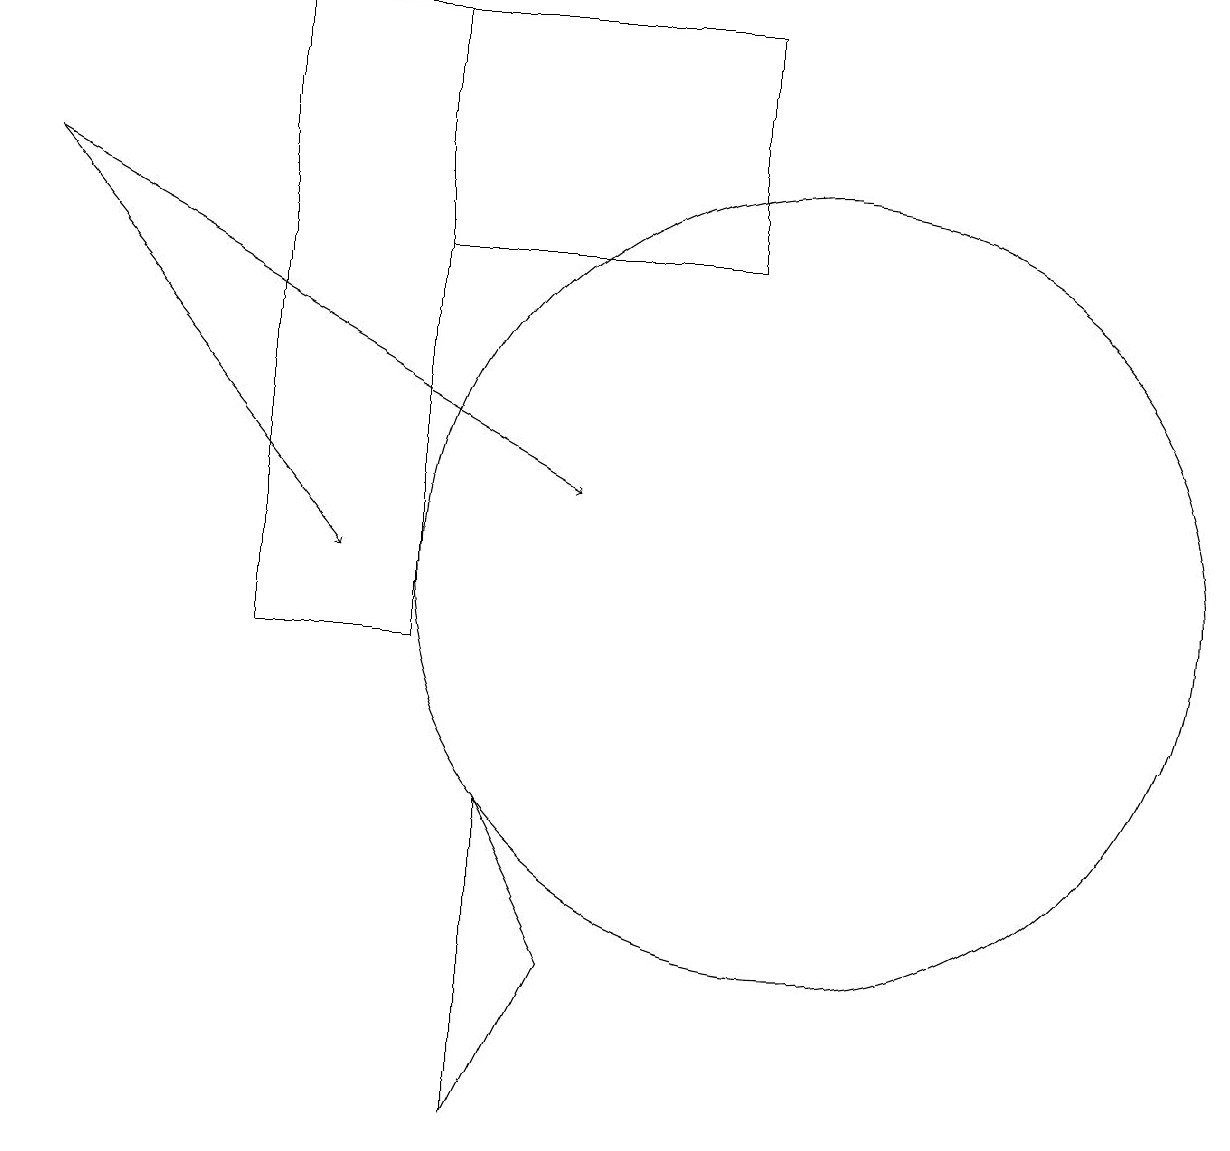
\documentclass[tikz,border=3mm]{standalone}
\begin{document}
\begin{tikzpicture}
\draw (10,12) circle (5);
\draw[->] (0,17) -- (4,12);
\draw (5,19) rectangle (3,11);
\draw (7,7) -- (6,5) -- (6,9) -- cycle;
\draw (10,11) circle (0);
\draw (9,19) rectangle (5,16);
\draw[->] (0,17) -- (7,13);
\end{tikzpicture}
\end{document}